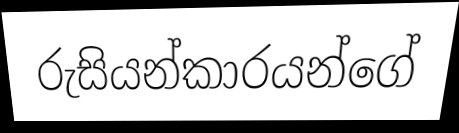
රුසියන්කාරයන්ගේ